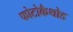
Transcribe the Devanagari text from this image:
फोटोकैथोड